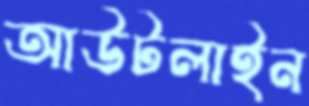
আউটলাইন